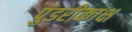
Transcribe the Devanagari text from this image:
पुंडरीकाक्ष